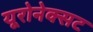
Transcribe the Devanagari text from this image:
यूरोनेक्सट